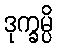
ဒုက္ခမ္ပိ